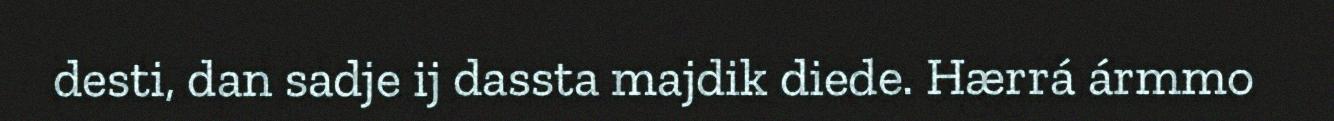
desti, dan sadje ij dassta majdik diede. Hærrá ármmo